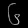
Digit: ၆